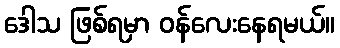
ဒေါသ ဖြစ်ရမှာ ဝန်လေးနေရမယ်။